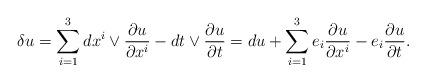
LaTeX: \begin{align*}\delta u = \sum_{i=1}^3 dx^i \vee \frac{\partial u}{\partial x^i} - dt \vee \frac{\partial u}{\partial t} = du + \sum_{i=1}^3 e_i \frac{\partial u}{\partial x^i} - e_i \frac{\partial u}{\partial t}. \end{align*}